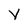
Character: y